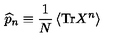
\widehat { p } _ { n } \equiv \frac { 1 } { N } \left\langle \mathrm { T r } X ^ { n } \right\rangle